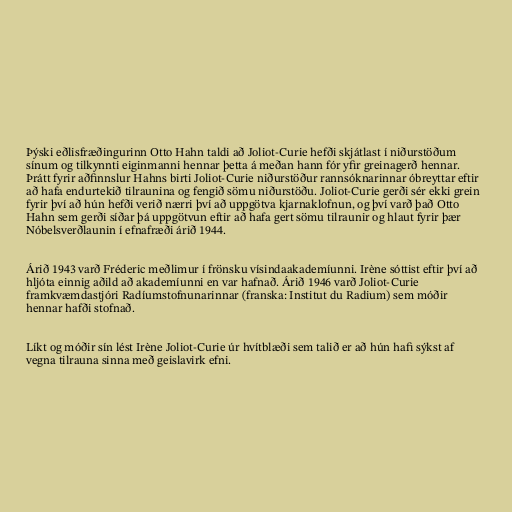
Þýski eðlisfræðingurinn Otto Hahn taldi að Joliot-Curie hefði skjátlast í niðurstöðum
sínum og tilkynnti eiginmanni hennar þetta á meðan hann fór yfir greinagerð hennar.
Þrátt fyrir aðfinnslur Hahns birti Joliot-Curie niðurstöður rannsóknarinnar óbreyttar eftir
að hafa endurtekið tilraunina og fengið sömu niðurstöðu. Joliot-Curie gerði sér ekki grein
fyrir því að hún hefði verið nærri því að uppgötva kjarnaklofnun, og því varð það Otto
Hahn sem gerði síðar þá uppgötvun eftir að hafa gert sömu tilraunir og hlaut fyrir þær
Nóbelsverðlaunin í efnafræði árið 1944.

Árið 1943 varð Fréderic meðlimur í frönsku vísindaakademíunni. Irène sóttist eftir því að
hljóta einnig aðild að akademíunni en var hafnað. Árið 1946 varð Joliot-Curie
framkvæmdastjóri Radíumstofnunarinnar (franska: Institut du Radium) sem móðir
hennar hafði stofnað.

Líkt og móðir sín lést Irène Joliot-Curie úr hvítblæði sem talið er að hún hafi sýkst af
vegna tilrauna sinna með geislavirk efni.